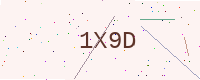
Text: 1X9D